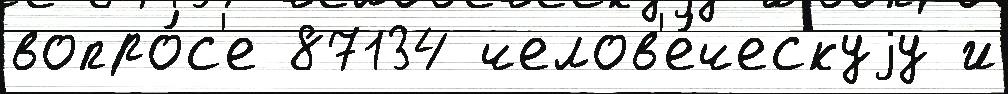
вопро́с'е 87134 челов'е́ческуjу и